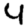
Digit: 4